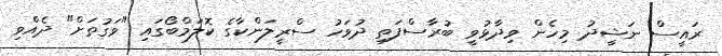
ރައީސް ނަޝީދު މިހެން ވިދާޅުވީ ބުރާސްފަތި ދުވަހު ސްރީލަންކާގެ ކޮލަމްބޯގައި "ވަގުތަށް" ދެއްވި